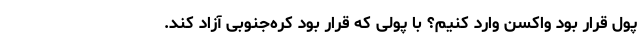
پول قرار بود واکسن وارد کنیم؟ با پولی که قرار بود کره‌جنوبی آزاد کند.